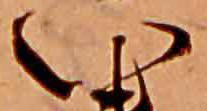
い